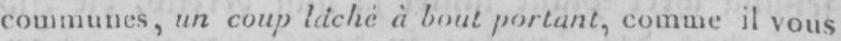
communes, un coup làchè à bout portant, comme il vous